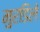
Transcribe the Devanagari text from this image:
मुरडिले